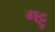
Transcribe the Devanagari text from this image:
गट्टु